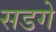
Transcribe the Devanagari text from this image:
सडगे